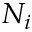
N _ { i }